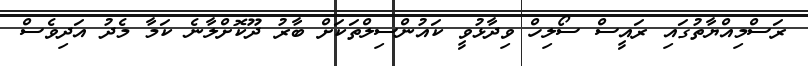
ރަސްމިއްޔާތުގައި ރައީސް ސޯލިހް ވިދާޅުވީ ކައުންސިލްތަކަށް ބާރު ދޫކޮށްލާނެ ކަމާ މެދު އަދިވެސް